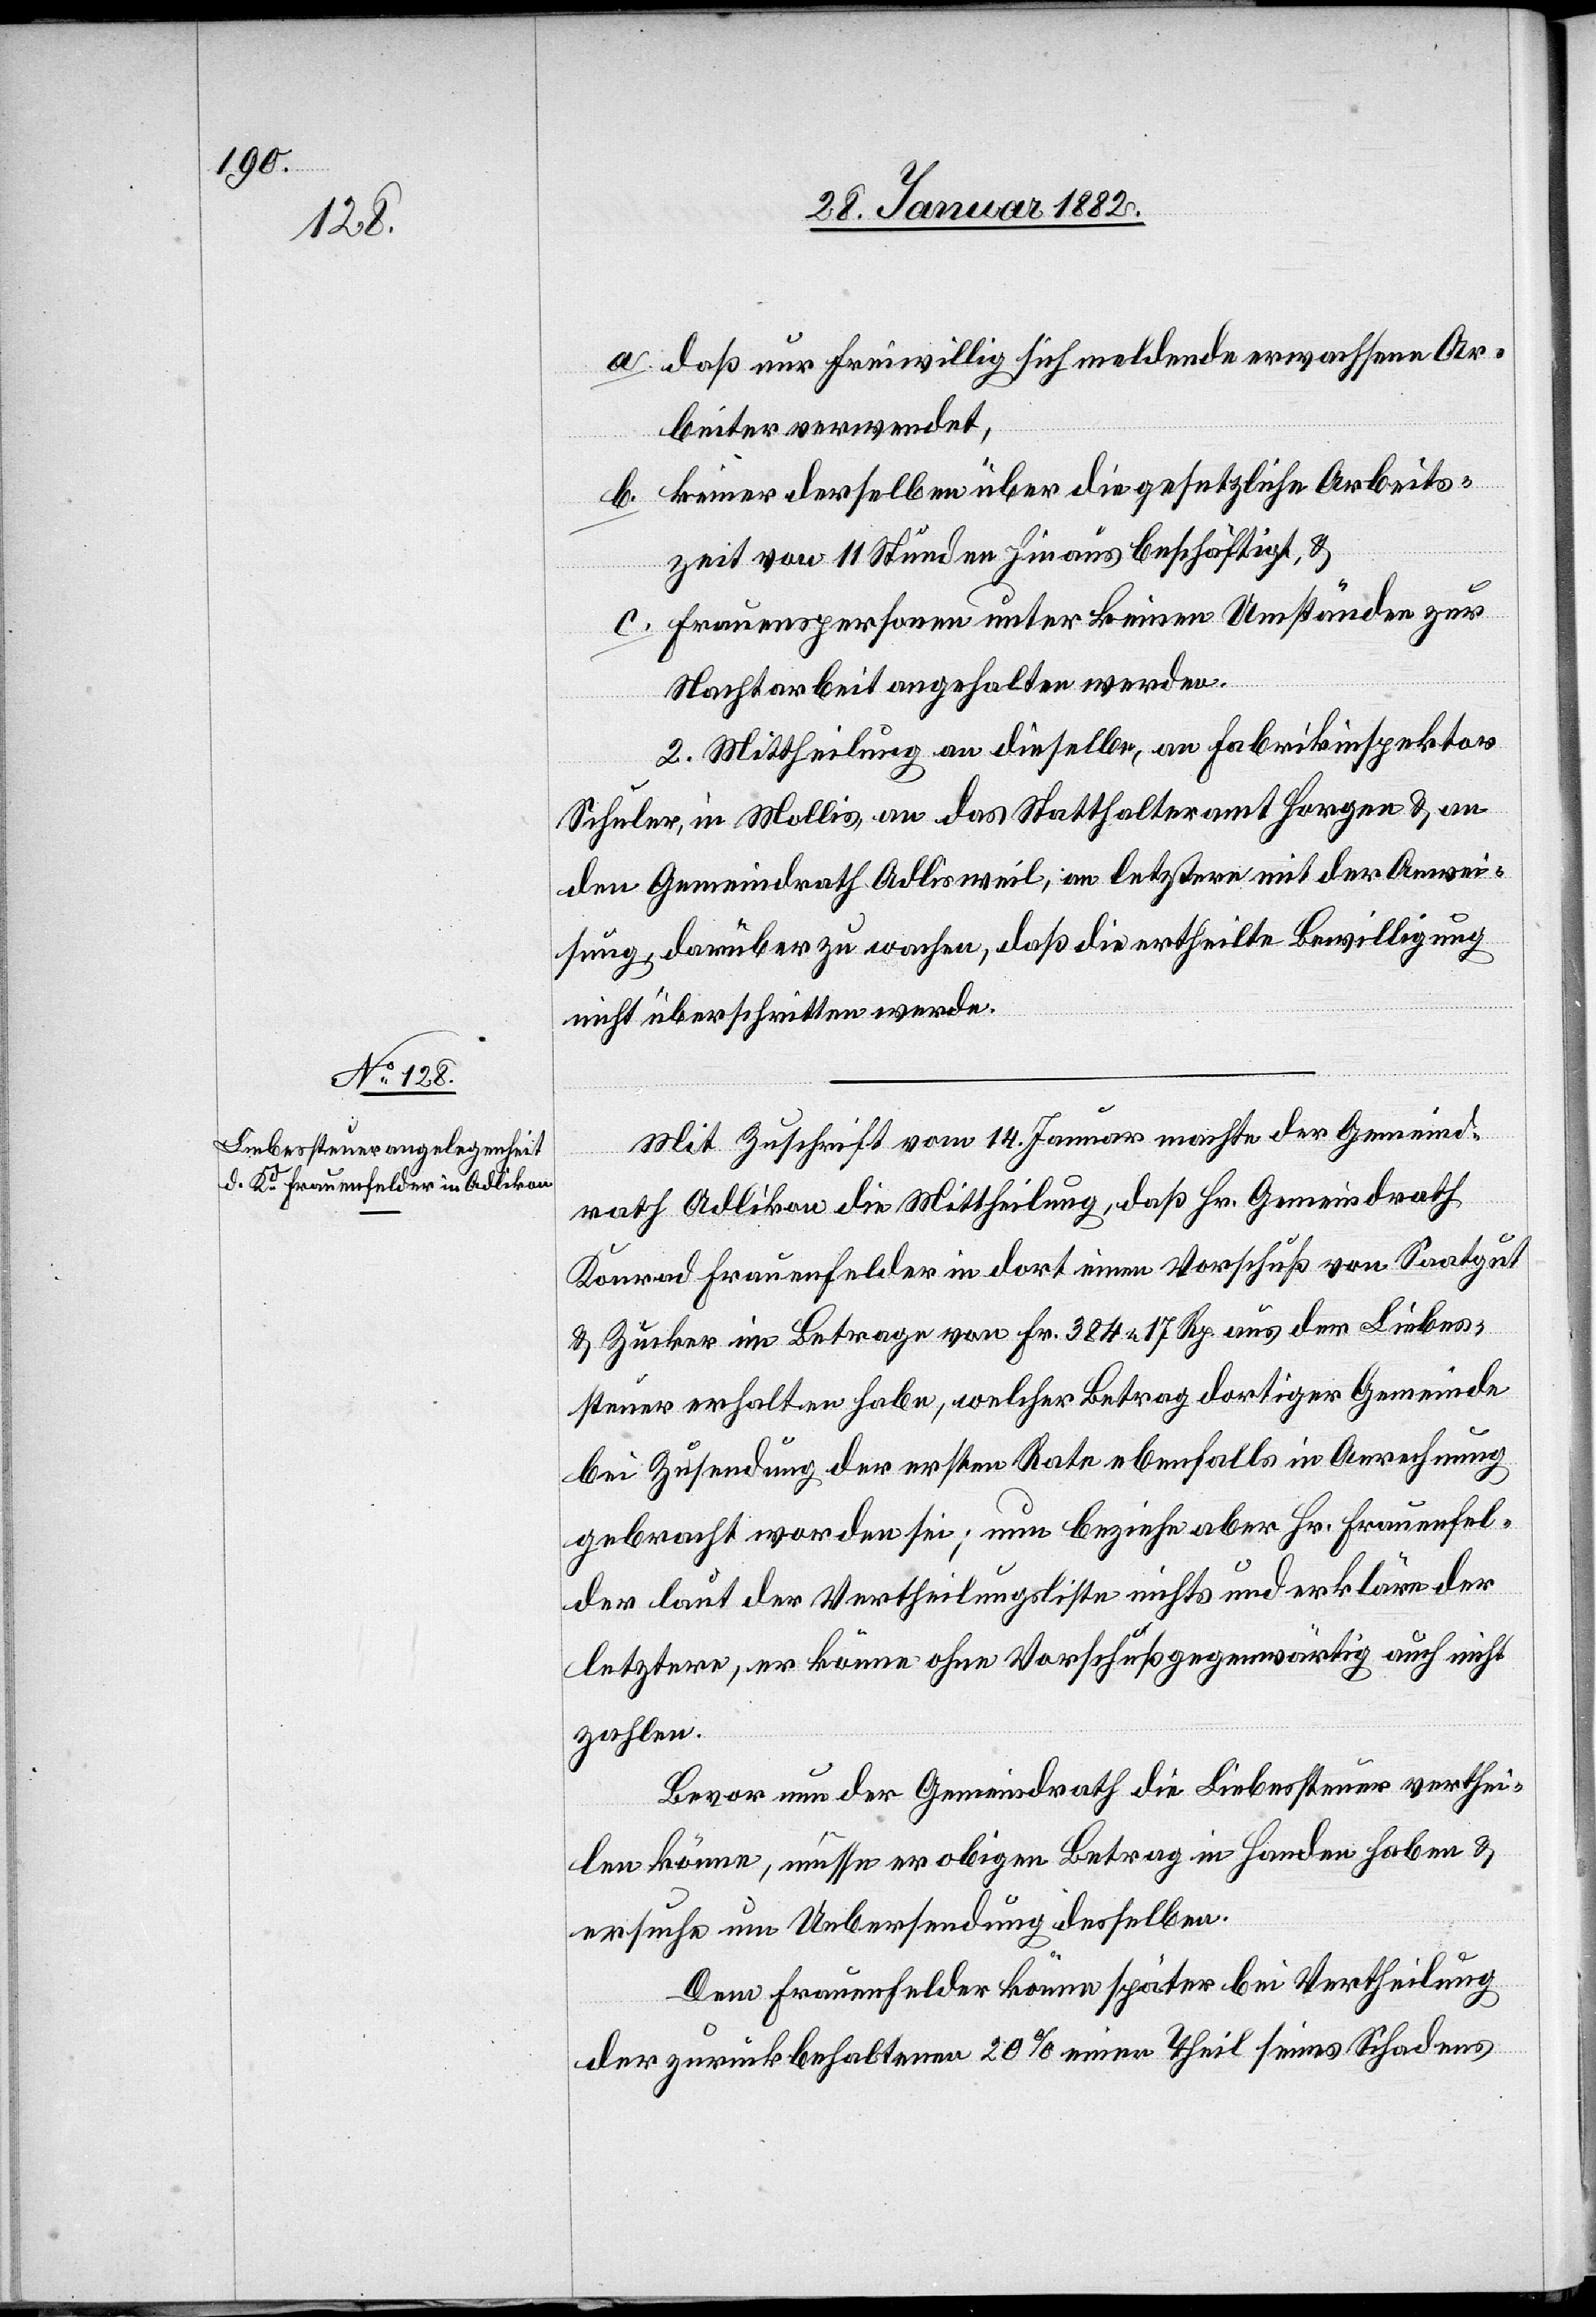
Mit Zuschrift vom 14. Januar machte der Gemeind¬
rath Adlikon die Mittheilung, daß Hr. Gemeindrath
Konrad Frauenfelder in dort einen Vorschuß von Saatgut
& Zucker im Betrage von Fr. 384 17. Rp. aus der Liebes¬
steuer erhalten habe, welcher Betrag dortiger Gemeinde
bei Zusendung der ersten Rate ebenfalls in Anrechnung
gebracht worden sei; nun beziehe aber Hr. Frauenfel¬
der laut der Vertheilungslisten nichts und erkläre der
letztere, er könne ohne Vorschuß gegenwärtig auch nicht
zahlen.
Bevor nun der Gemeindrath die Liebessteuer erthei¬
len könne, müsse er obigen Betrag in Handen haben &
ersuche um Uebersendung desselben.
Dem Frauenfelder könne später bei Vertheilung
der zurück behabtenen 20% einen Theil seines Schadens